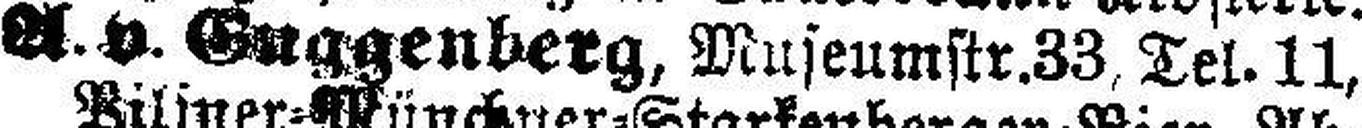
A. v. Euggenberg, Museumstr.33, Tel. 11,